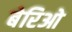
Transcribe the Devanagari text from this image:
बेरिओ